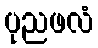
ပုညဖလံ